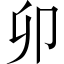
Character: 卯